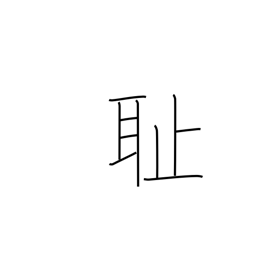
Meaning: humiliation